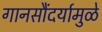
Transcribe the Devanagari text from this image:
गानसौंदर्यामुळे